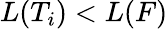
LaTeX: L(T_{i})<L(F)